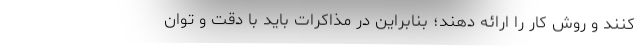
کنند و روش کار را ارائه دهند؛ بنابراین در مذاکرات باید با دقت و توان